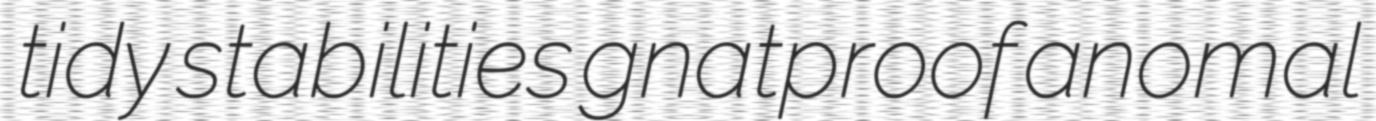
tidy stabilities gnatproof anomal